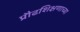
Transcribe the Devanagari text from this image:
प्रौढशिक्षणाच्या